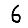
Digit: 6